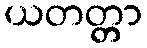
ယတတ္တာ